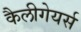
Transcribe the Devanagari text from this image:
कैलीगेयर्स